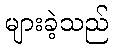
များခဲ့သည်